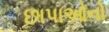
છાપાઓનો